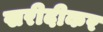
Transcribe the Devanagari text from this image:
खरीदीकर